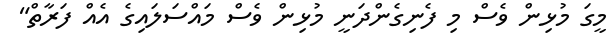
މީގަ މުޅިން ވެސް މި ފެނިގެންދަނީ މުޅިން ވެސް މައްސަލައިގެ އެއް ފަރާތް"